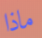
ماذا